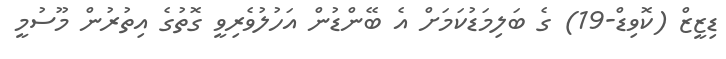
ޑިޒީޒް (ކޮވިޑް-19) ގެ ބަލިމަޑުކަމަށް އެ ބޭންޑުން އަހުލުވެރިވީ ގޮތުގެ އިތުރުން މޫސުމީ